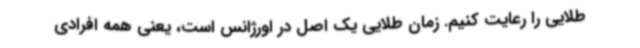
طلایی را رعایت کنیم. زمان طلایی یک اصل در اورژانس است، یعنی همه افرادی